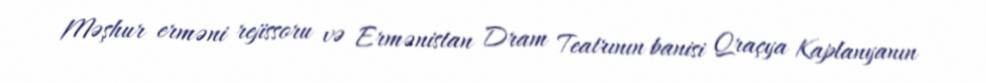
Məşhur erməni rejissoru və Ermənistan Dram Teatrının banisi Qraçya Kaplanyanın